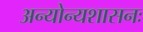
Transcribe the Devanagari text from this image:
अन्योन्यशासनः